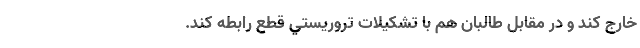
خارج كند و در مقابل طالبان هم با تشكيلات‌ تروريستي قطع رابطه كند.